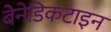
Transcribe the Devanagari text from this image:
बेनेडिकटाइन